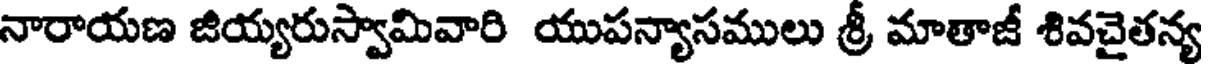
నారాయణ జియ్యరుస్వామివారి యుపన్యాసములు శ్రీ మాతాజీ శివచైతన్య